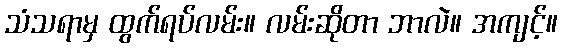
သံသရာမှ ထွက်ရပ်လမ်း။ လမ်းဆိုတာ ဘာလဲ။ အကျင့်။